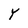
Character: Y